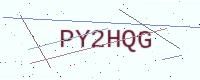
Text: PY2HQG